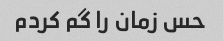
حس زمان را گم کردم